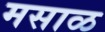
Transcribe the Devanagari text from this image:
मसाळ